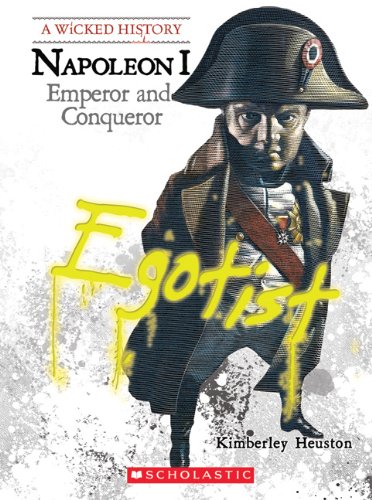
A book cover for Napoleon: Emperor and Conqueror (Wicked History); Kimberly Burton Heuston; Teen & Young Adult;